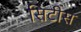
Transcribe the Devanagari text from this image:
सिटीस